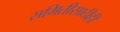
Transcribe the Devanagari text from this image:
समितीसाठीही